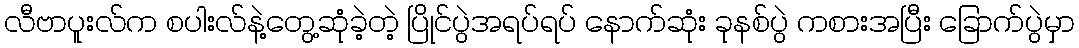
လီဗာပူးလ်က စပါးလ်နဲ့တွေ့ဆုံခဲ့တဲ့ ပြိုင်ပွဲအရပ်ရပ် နောက်ဆုံး ခုနစ်ပွဲ ကစားအပြီး ခြောက်ပွဲမှာ